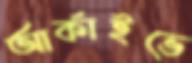
আর্কাইভে